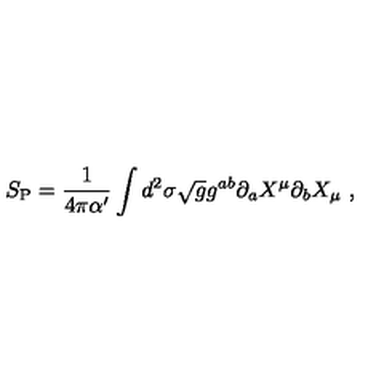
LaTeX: S _ { \mathrm { P } } = \frac { 1 } { 4 \pi \alpha ^ { \prime } } \int d ^ { 2 } \sigma \sqrt { g } g ^ { a b } \partial _ { a } X ^ { \mu } \partial _ { b } X _ { \mu } \ ,